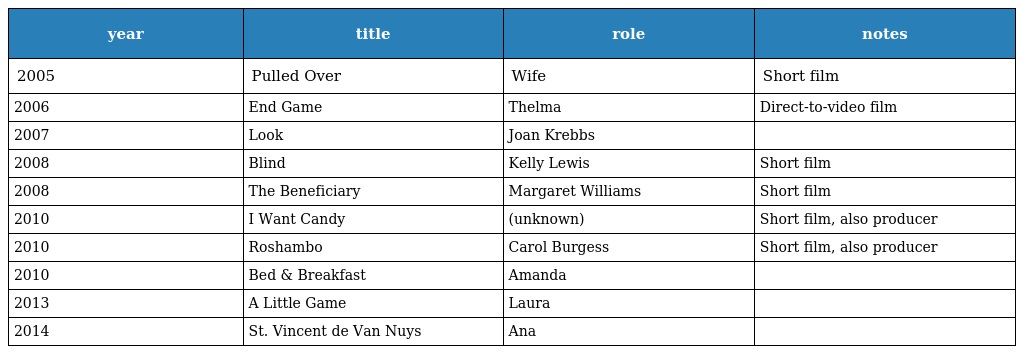
| year | title | role | notes |
 | --- | --- | --- | --- |
 | 2005 | Pulled Over | Wife | Short film |
 | 2006 | End Game | Thelma | Direct-to-video film |
 | 2007 | Look | Joan Krebbs |  |
 | 2008 | Blind | Kelly Lewis | Short film |
 | 2008 | The Beneficiary | Margaret Williams | Short film |
 | 2010 | I Want Candy | (unknown) | Short film, also producer |
 | 2010 | Roshambo | Carol Burgess | Short film, also producer |
 | 2010 | Bed & Breakfast | Amanda |  |
 | 2013 | A Little Game | Laura |  |
 | 2014 | St. Vincent de Van Nuys | Ana |  |